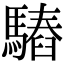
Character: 𩥫